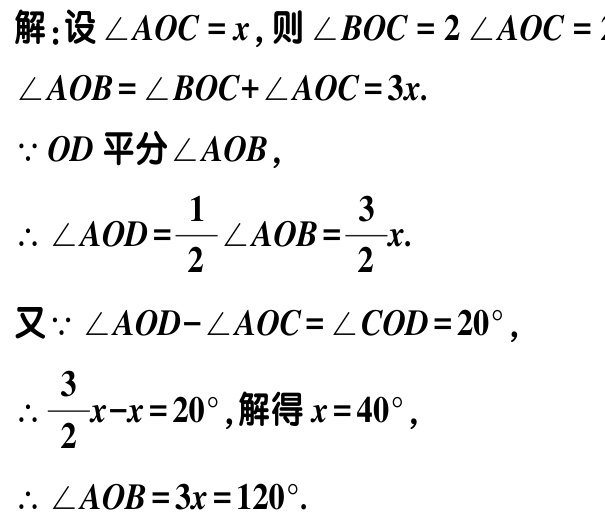
解：设\(\angle AOC = x\)，则\(\angle BOC = 2\angle AOC = 2x\)，
\(\angle AOB=\angle BOC + \angle AOC = 3x\).
\(\because OD\)平分\(\angle AOB\)，
\(\therefore \angle AOD=\frac{1}{2}\angle AOB=\frac{3}{2}x\).
又\(\because \angle AOD - \angle AOC=\angle COD = 20^{\circ}\)，
\(\therefore \frac{3}{2}x - x = 20^{\circ}\)，解得\(x = 40^{\circ}\)，
\(\therefore \angle AOB = 3x = 120^{\circ}\).